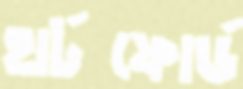
হার্টফোর্ড